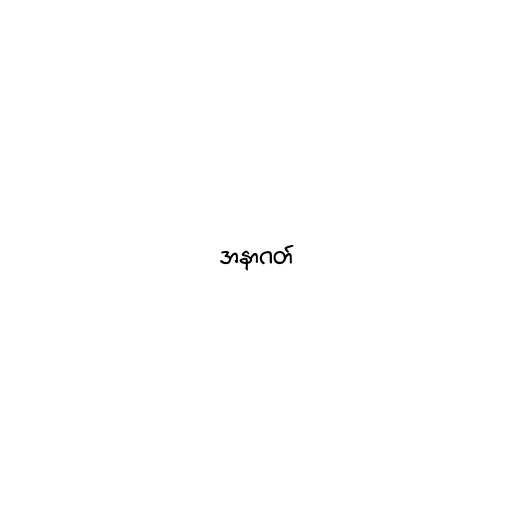
အနာဂတ်